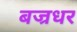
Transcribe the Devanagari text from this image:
बज्रधर